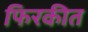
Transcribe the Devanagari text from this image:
फिरकीत